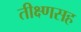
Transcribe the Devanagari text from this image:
तीक्ष्णसह